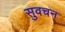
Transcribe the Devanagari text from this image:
सुवचन